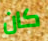
كان